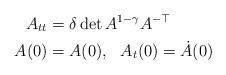
LaTeX: \begin{align*}A_{tt} &= \delta \det{A}^{1-\gamma} A^{-\top} \\A(0) & = A(0), \ \ A_t(0) = \dot A(0)\end{align*}